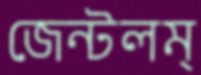
জেন্টলম্